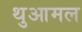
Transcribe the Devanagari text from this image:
थुआमल